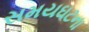
સમયઘટના